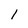
Character: 1